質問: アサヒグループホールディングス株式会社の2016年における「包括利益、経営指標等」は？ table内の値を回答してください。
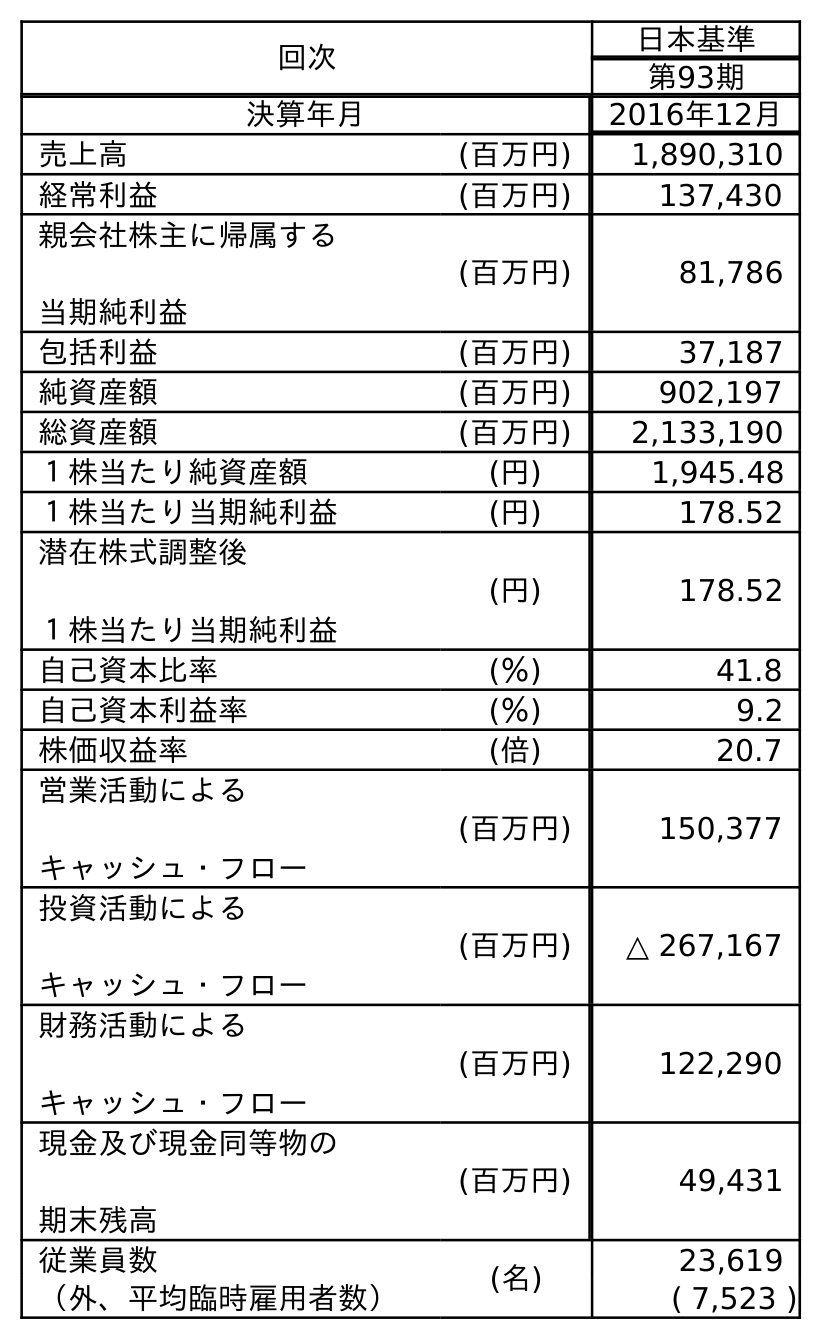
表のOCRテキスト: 回次 日本基準 第93期 決算年月 2016年12月 売上高 (百万円) 1,890,310 経常利益 (百万円) 137,430 親会社株主に帰属する 当期純利益 (百万円) 81,786 包括利益 (百万円) 37,187 純資産額 (百万円) 902,197 総資産額 (百万円) 2,133,190 １株当たり純資産額 (円) 1,945.48 １株当たり当期純利益 (円) 178.52 潜在株式調整後 １株当たり当期純利益 (円) 178.52 自己資本比率 (％) 41.8 自己資本利益率 (％) 9.2 株価収益率 (倍) 20.7 営業活動による キャッシュ・フロー (百万円) 150,377 投資活動による キャッシュ・フロー (百万円) △ 267,167 財務活動による キャッシュ・フロー (百万円) 122,290 現金及び現金同等物の 期末残高 (百万円) 49,431 従業員数 (名) 23,619 （外、平均臨時雇用者数） ( 7,523 )
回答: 37,187